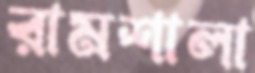
রামশালা